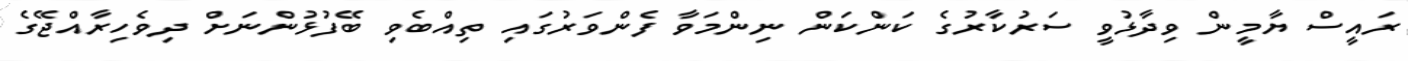
ރައީސް ޔާމީން ވިދާޅުވީ ސަރުކާރުގެ ކަންކަން ނިންމަވާ ފެންވަރުގައި ތިއްބެވި ބޭފުޅުންނަށް ދިވެހިރާއްޖޭގެ